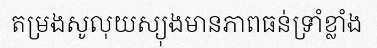
តម្រងសូលុយស្យុងមានភាពធន់ទ្រាំខ្លាំង